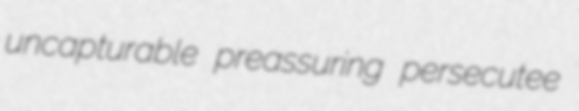
uncapturable preassuring persecutee